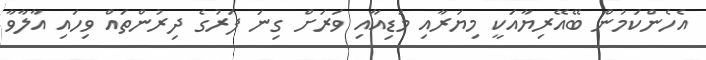
އެހެންކަމުން ބޭއޭރިޔާއަކީ މިޔަރާއި މަޑިއާއި ވަރަށް ގިނަ ފަރުގެ ދިރުންތައް ވިހައި އާލާވާ